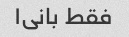
فقط بانی۱